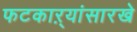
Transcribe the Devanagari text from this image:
फटकाऱ्यांसारखे